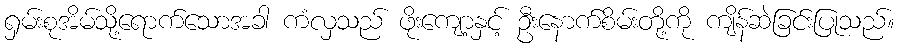
ရှမ်းစုအိမ်သို့ရောက်သောအခါ ကံလှသည် ဖိုးကျော့နှင့် ဦးနောက်စိမ်းတို့ကို ကျိန်ဆဲခြင်းပြုသည်။